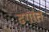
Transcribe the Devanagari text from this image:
ढगांत